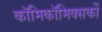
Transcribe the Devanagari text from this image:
काॅमिकॉमिक्सकों